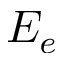
E _ { e }